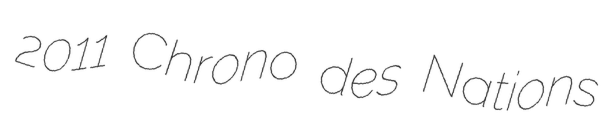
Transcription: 2011 Chrono des Nations